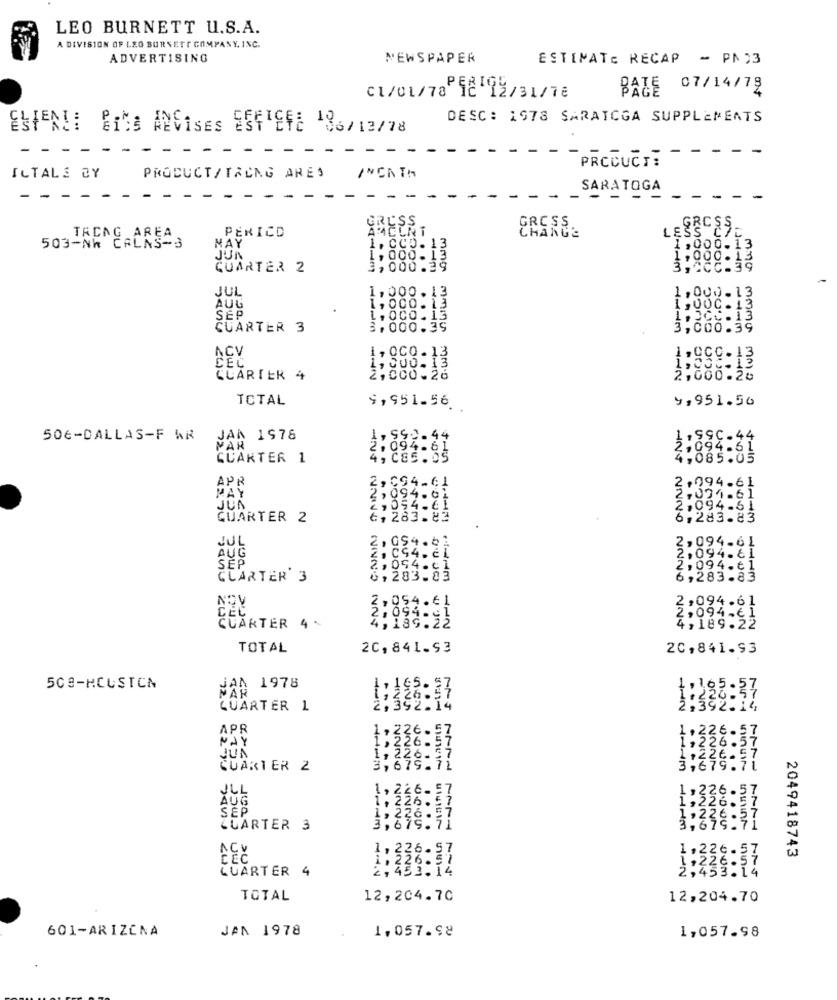
LEO BURNETT U.S.A.
A DIVISION OF LEO BURNETT COMPANY, INC.
ADVERTISING
NEWSPAPER
ESTIMATE RECAP - PN)3
BATE 07/14/78
C1/01/78 212/31/
DESC: 1978 SARATOGA SUPPLEMENTS
ESFENIE Bits ANDISES ES4TEFE 136/13/78
- - -
PRCCUCI:
ILTALE BY
PRODUCT/ TRCNG ARES
SARATOGA
- - -
- -
GRUSS
PERICD
AMCENT
LESS CHE
GROSS_
TRDAG AREA
CHANGE
503-NR CALNS-3
NAY
1. CCD. 13
1,000.13
JUN
1, 000 . 13
1,000. 12
GUARTER 2
3,000.39
3,2CC.39
JUL
1, 000.13
1,000.13
AUG
1,000.13
1,00C.13
SEP
L . OCO . 13
1. 3CC . 13
CUARTER 3
3, 000.39
3,000.39
ACV
1, 0CO . 13
1,CCC.13
CEC
1, 000- 13
1,005.13
CUARTER 4
2,000.26
2,000.26
TOTAL
9,951.50
9, 951.56.
506-DALLAS-F WR
JAN 1978
VAN
AN
2,094-61
QUARTER 1
4,085.0
APR
2,094.61
2.094.61
MAY
2,094.61
2.094.61
2,094.61
QUARTER 2
&, 283.82
6,283.83
HNT NUNO
JU
2,054.61
2,094-61
AUG
SEP
2, CS4. El
,094.81
2, 054. c1
2,094.¢1
CLARTER 3
6,283.83
6,283.83
NOV
3,094.61
CEC
2,094.6 1
4%
3:094-32
QUARTER
4,189:2
4,189.22
TOTAL
20, 841.93
20, 841.93
wn-
NOU
508-HCUSTCN
NA0 1978
-
QUARTER 1
--
...
APR
6.57
PAY
26.57
JUA
222
CUARTER 2
JLL
1,
6.57
AUG
1, 246 - 5
SEP
. . .
LUARTER 3
3,679.7
NNO
2227
7774
ACY
2049418743
QUARTER 4
NAIn
:14
NN+
som
TOTAL
12,204.70
12,204.70
601-ARIZONA
JAN 1978
1,057.98
1,057.98